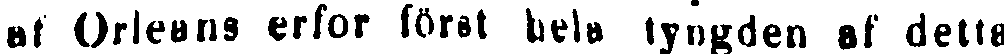
af Orleans erfor först hela tyngden af detta